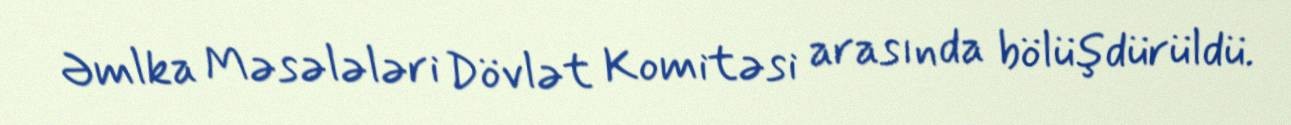
Əmlka Məsələləri Dövlət Komitəsi arasında bölüşdürüldü.